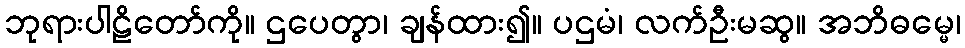
ဘုရားပါဠိတော်ကို။ ဌပေတွာ၊ ချန်ထား၍။ ပဌမံ၊ လက်ဦးမဆွ။ အဘိဓမ္မေ၊